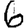
Digit: 6